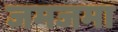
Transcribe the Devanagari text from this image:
जमजमा